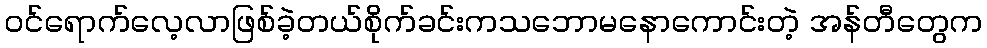
ဝင်ရောက်လေ့လာဖြစ်ခဲ့တယ်စိုက်ခင်းကသဘောမနောကောင်းတဲ့ အန်တီတွေက